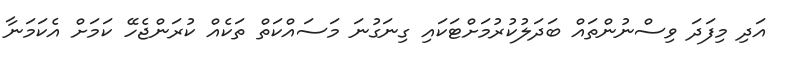
އަދި މިފަދަ ވިސްނުންތައް ބަދަލުކުރުމަށްޓަކައި ގިނަގުނަ މަސައްކަތް ތަކެއް ކުރަންޖެހޭ ކަމަށް އެކަމަނާ